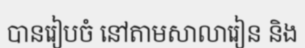
បានរៀបចំ នៅតាមសាលារៀន និង